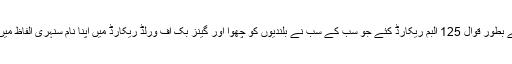
خان صاحب نے بطور قوال 125 البم ریکارڈ کئے جو سب کے سب نے بلندیوں کو چھوا اور گینز بک آف ورلڈ ریکارڈ میں اپنا نام سنہری الفاظ میں اندراج کروایا۔